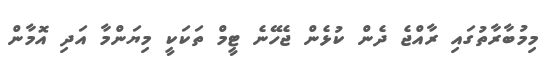
މިމުބާރާތުގައި ރާއްޖެ ދެން ކުޅެން ޖެހޭނެ ޓީމް ތަކަކީ މިޔަންމާ އަދި އޮމާން